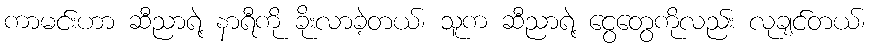
ကာမင်းဟာ ဆီညာရဲ့ နာရီကို ခိုးလာခဲ့တယ်၊ သူက ဆီညာရဲ့ ငွေတွေကိုလည်း လုချင်တယ်၊